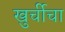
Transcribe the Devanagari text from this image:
खुर्चीचा